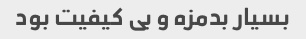
بسیار بدمزه و بی کیفیت بود